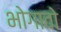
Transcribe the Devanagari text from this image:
भोगावो